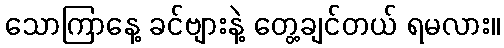
သောကြာနေ့ ခင်ဗျားနဲ့ တွေ့ချင်တယ် ရမလား။